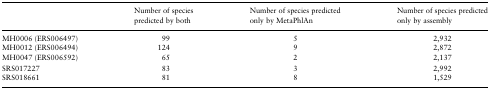
|  | Number of species predicted by both | Number of species predicted only by MetaPhlAn | Number of species predicted only by assembly |
 | --- | --- | --- | --- |
 | MH0006 (ERS006497) | 99 | 5 | 2,932 |
 | MH0012 (ERS006494) | 124 | 9 | 2,872 |
 | MH0047 (ERS006592) | 65 | 2 | 2,137 |
 | SRS017227 | 83 | 3 | 2,992 |
 | SRS018661 | 81 | 8 | 1,529 |